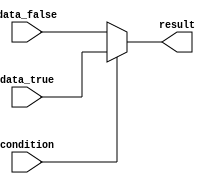
module conditional_assignment(
    input  wire condition,
    input  wire data_true,
    input  wire data_false,
    output reg  result
);

always @(*) begin
    if(condition) begin
        result = data_true;
    end
    else begin
        result = data_false;
    end
end

endmodule